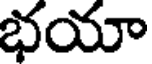
భయా